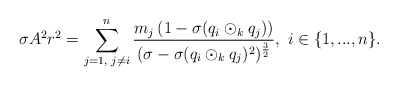
\begin{align*} \sigma A^{2}r^{2}=\sum\limits_{j=1,\textrm{ }j\neq i}^{n}\frac{m_{j}\left(1-\sigma(q_{i}\odot_{k}q_{j})\right)}{(\sigma-\sigma(q_{i}\odot_{k}q_{j})^{2})^{\frac{3}{2}}},\textrm{ }i\in\{1,...,n\}. \end{align*}